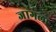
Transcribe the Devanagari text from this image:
जागला